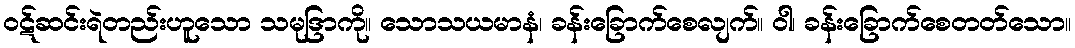
ဝဋ်ဆင်းရဲတည်းဟူသော သမုဒြာကို။ သောသယမာနံ၊ ခန်းခြောက်စေလျက်။ ဝါ၊ ခန်းခြောက်စေတတ်သော။